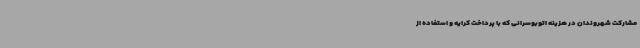
مشارکت شهروندان در هزینه اتوبوسرانی که با پرداخت کرایه و استفاده از